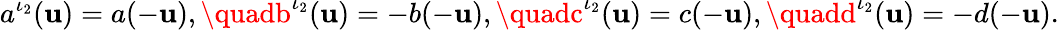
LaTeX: a^{\iota_{2}}(\mathbf{u})=a(-\mathbf{u}),\quadb^{\iota_{2}}(\mathbf{u})=-b(-\mathbf{u}),\quadc^{\iota_{2}}(\mathbf{u})=c(-\mathbf{u}),\quadd^{\iota_{2}}(\mathbf{u})=-d(-\mathbf{u}).